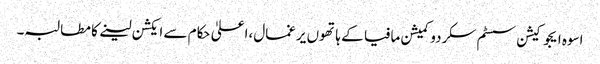
اسوہ ایجوکیشن سسٹم سکردو کمیشن مافیا کے ہاتھوں یرغمال،اعلیٰ حکام سے ایکشن لینے کا مطالبہ۔